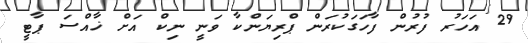
29 އަހަރު ފުރުން ފާހަގަކުރަން ޕްރިޔަންކާ ވަނީ ނިކް އަށް ޚާއްސަ ޕާޓީ